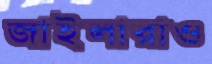
জাইলারাও